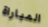
المباراة